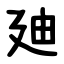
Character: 廸